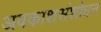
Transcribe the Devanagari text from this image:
अवकाशसंशोधन